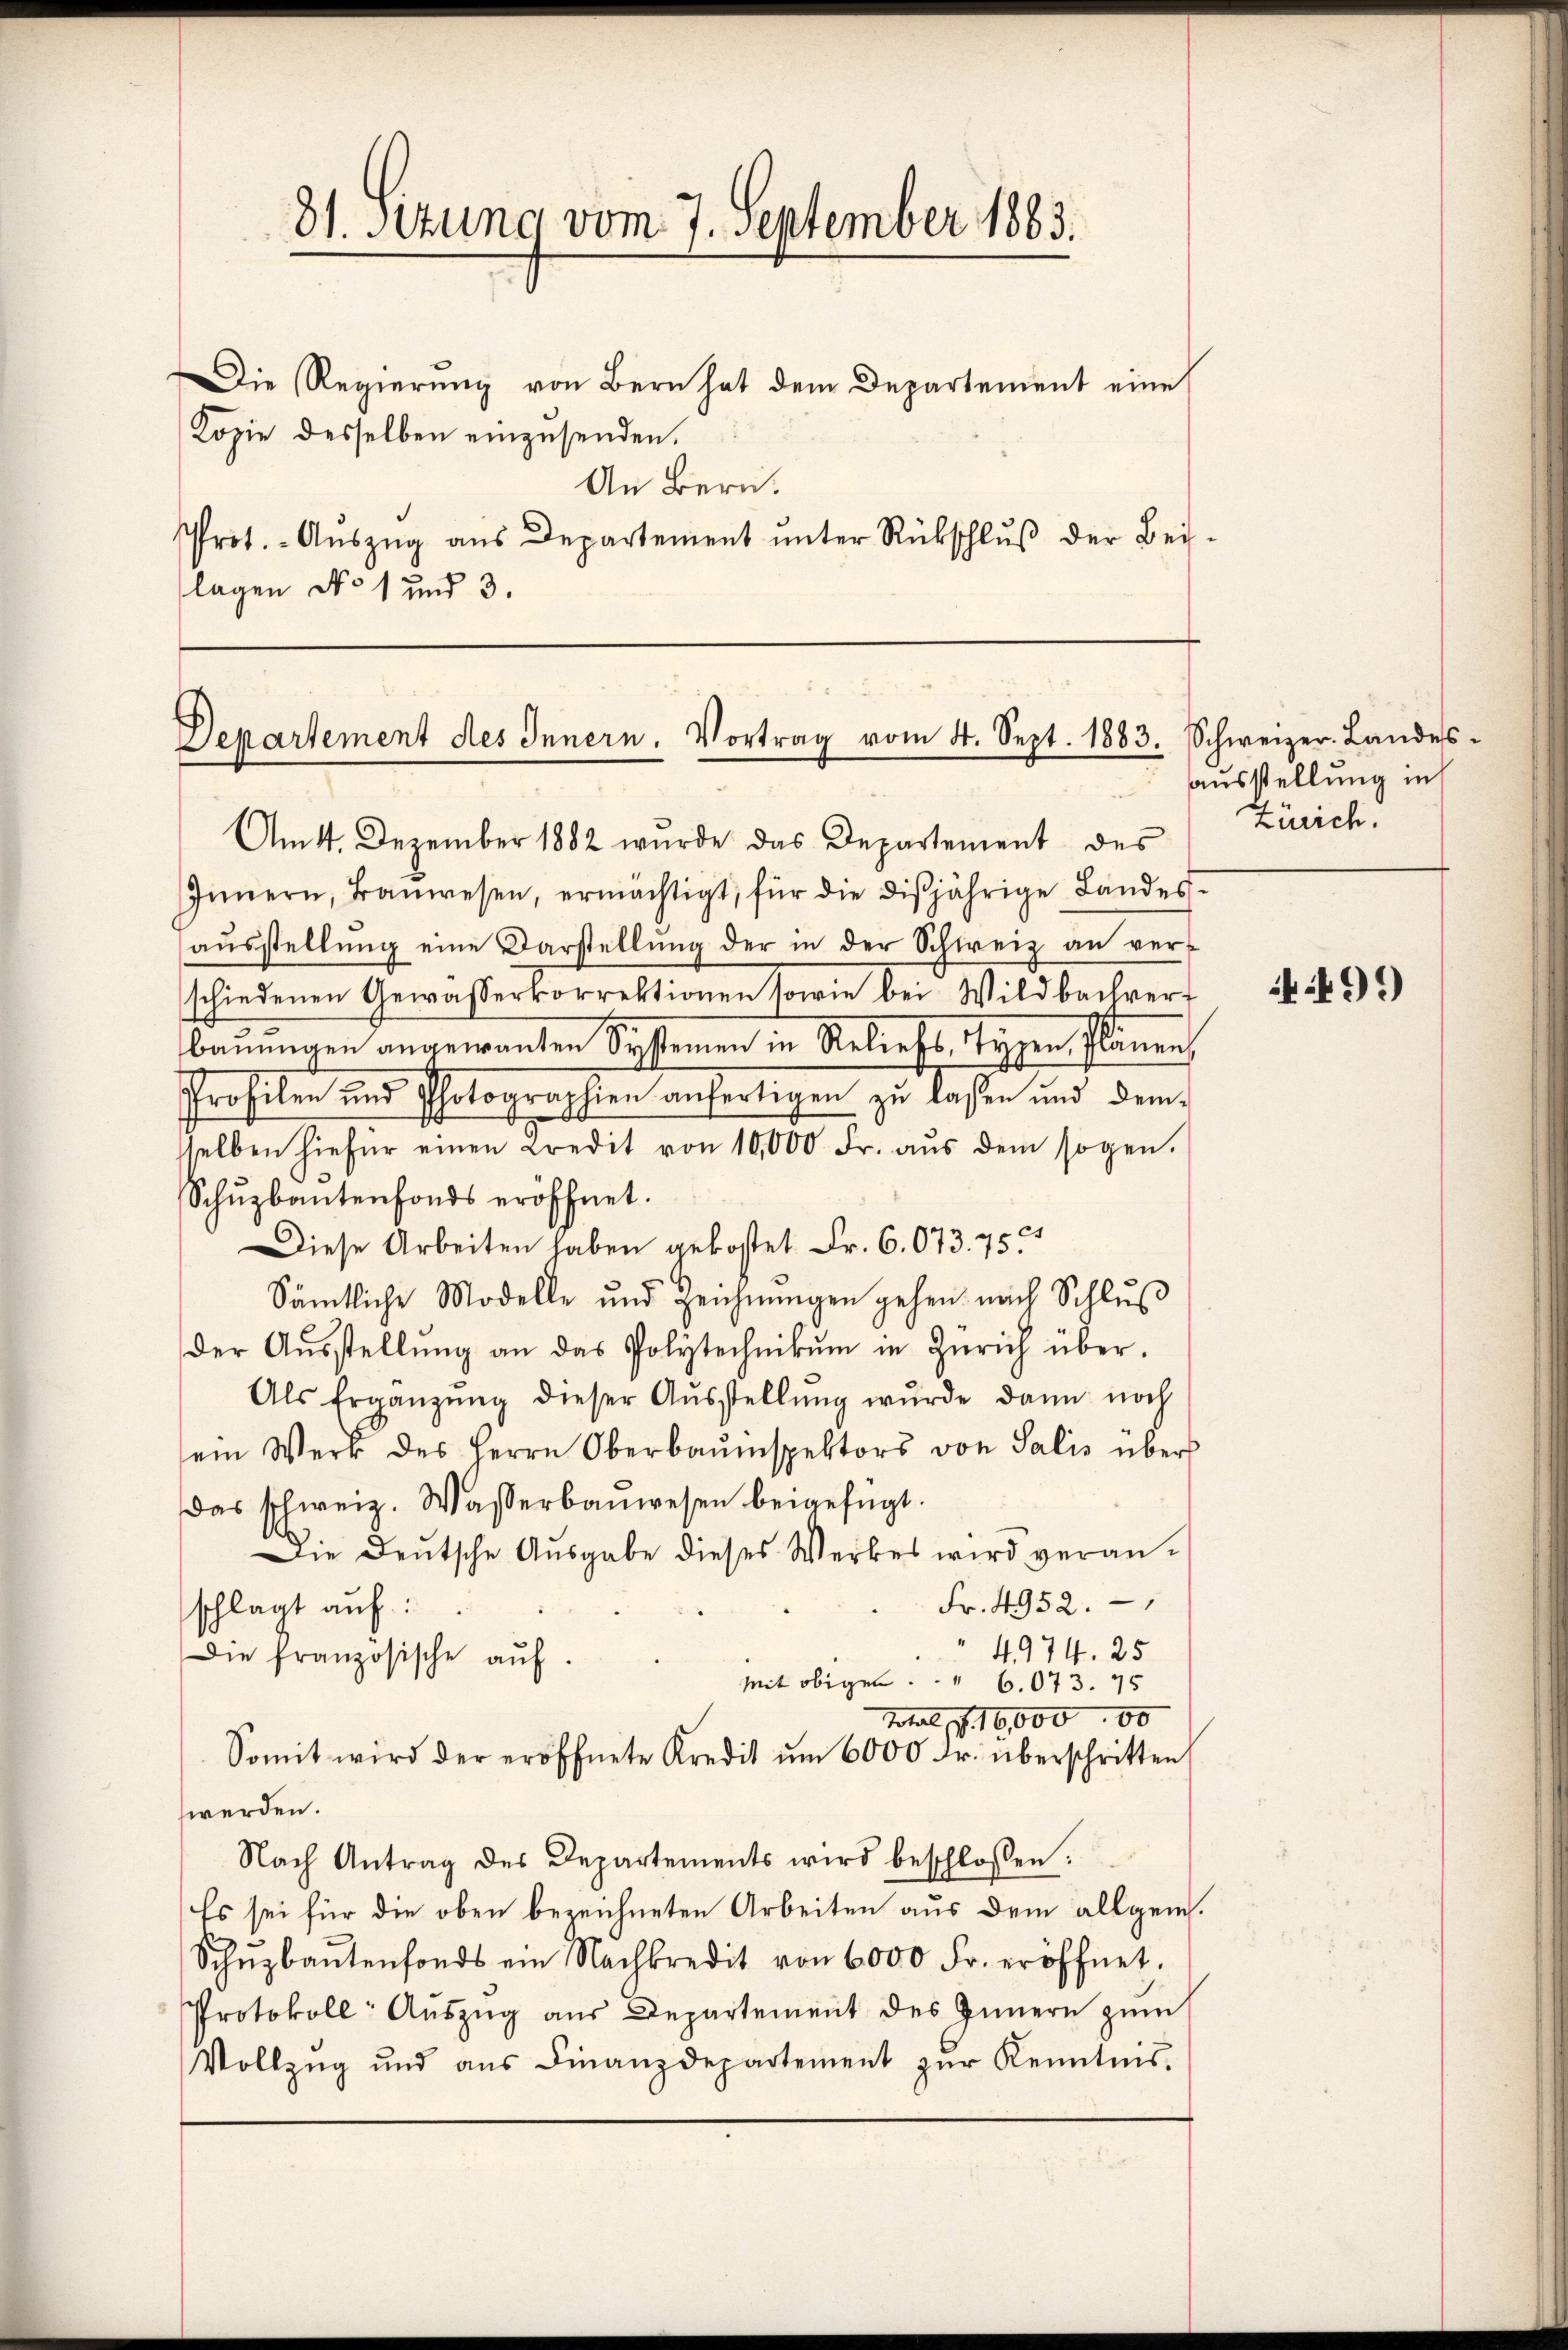
31. Stung vom 7. September 1883.

Die Regierung von Bern hat dem Departement eine
Kopie desselben einzusenden.
An Bern.
Prot. Aŭszŭg aŭs Departement ŭnter Rückschlŭβ der Bei-
lagen No 1 und 3.

Departement des Innern. Vortrag vom 4. Sept. 1883. Schweizer. Landes-

Innern, Baŭwesen, ermächtigt, für die disjährige Landes-
aŭsstellŭng eine Darstellŭng der in der Schweiz an verschiedenen Gewässerkorrektionen sowie bei Wildbachverbauungen angewanten Systemen in Reliess, Tagen Plänen,
Profilen und Photographien anfertigen zu lassen und demsselben hiefür einen Credit von 10,000 Fr. aŭs dem sogen.
Schŭzbantenfonds eröffnet.
Diese Arbeiten haben gekostet Fr. 6. 673. 751
Sämtliche Modelle und Zeichnŭngen gehen nach Schlus
der Aŭsstellŭng an das Polytechnikum in Zürich über-
Als Ergänzŭng dieser Aŭsstellŭng wurde dann noch
ein Werk des Herrn Oberbaŭmspektors von Salis über
Das schweiz. Wasserbaŭwesen beigefügt.
Die Deutsche Aŭsgabe dieses Werkes wird veran-
Fr. 4952.
schlagt auf:
4974. 25
Die französische aŭf.
Mit obigen 6.073. 75
Total, p. 16,000 00
Somit wird der eröffnete Kredit ŭm 6000 Fr. überschritten
werden.
Nach Antrag des Departements wird beschlossen:
Es sei für die oben bezeichneten Arbeiten aus dem allgem.
Schŭzbaŭtenfonds ein Nachkredit von 6000 Fr. eröffnet.
Protokoll- Aŭszŭg aŭs Departement des Innern zŭm
Vollzug und aus Finanzdepartement zur Kenntnis.

Am 14. Dezember 1882 wurde das Departement des

ausstellung in
Zürich.

499)